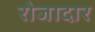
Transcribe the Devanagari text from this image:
रोजादार